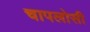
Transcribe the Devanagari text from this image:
चापलोसी